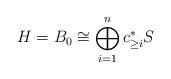
LaTeX: \begin{align*}H=B_0\cong\bigoplus_{i=1}^n c_{\ge i}^\ast S\end{align*}